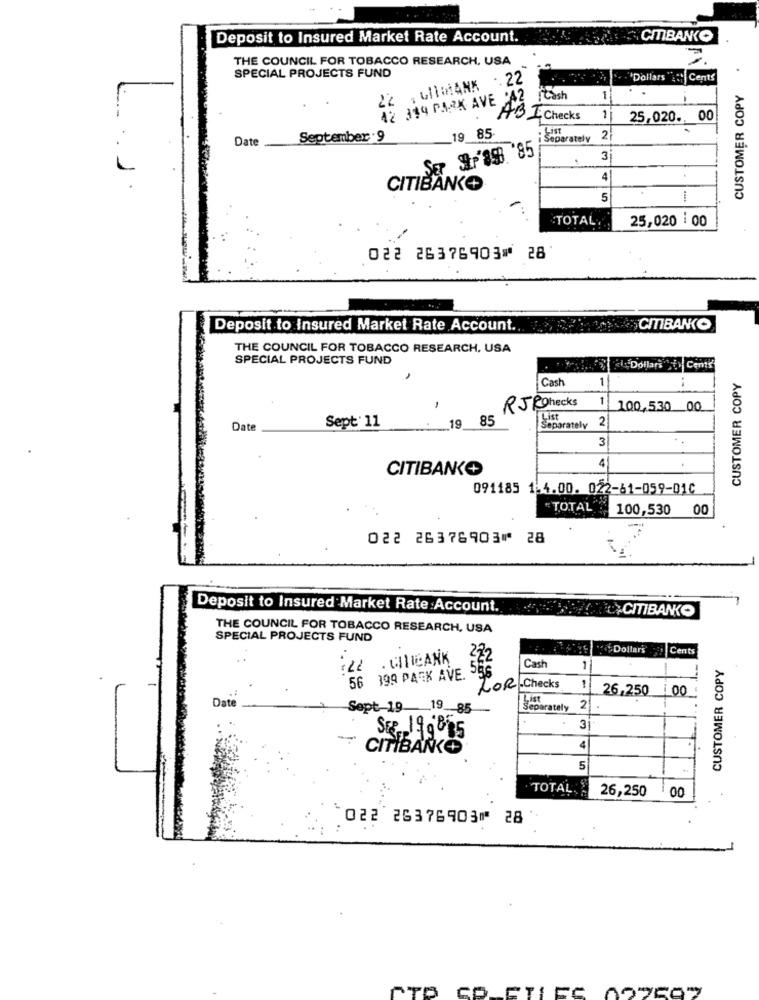
Deposit to Insured Market Rate Account.
CITIBANKO
THE COUNCIL FOR TOBACCO RESEARCH, USA
SPECIAL PROJECTS FUND
.. 22
."Dollars ": Cents
22 , 611WANK
CUSTOMER COPY
42 314 PARK AVE
Cash
1
--
A
LChecks
1
25,020. 00
19 85-
Date
September : 9
Separately 2
SEP SP'8SB. '85
.
3
CITIBANK
5
TOTAL ...
25,020 : 00
022 26376903⑈ 28
Deposit to Insured Market Rate Account.
CITIBANKCO
THE COUNCIL FOR TOBACCO RESEARCH, USA
SPECIAL PROJECTS FUND
Dollars fy Cents
Cast
1
..
CUSTOMER COPY
RJR hecks
1
-
100,530 00
19
85
List
2
Date
Sept' 11
Separately
3
4
CITIBANK
091185 1-4.00. 022-61-059-01C
" TOTAL
100,530
00
022 26376903⑈ 28
Deposit to Insured Market Rate :Account.
CITIBANKO
THE COUNCIL FOR TOBACCO RESEARCH, USA
SPECIAL PROJECTS FUND
Dollar's
Cents
:22 . CITIBANK
222
CUSTOMER COPY
56 199 PARK AVE. 556
Cash
1
LOR Checks
1
26,250
1 00
Date
Sept-19_ 19 85
Separately 21
-
Ste. 199835
CITIBANK
4
5
TOTAL
26,250
00
022 26376903⑈ 28
PTP SP_FILES (92507